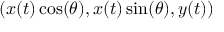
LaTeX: ( x ( t ) \cos ( \theta ) , x ( t ) \sin ( \theta ) , y ( t ) )